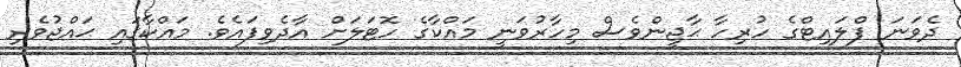
ދެވަނަ ފްލައިޓްގެ ހުރިހާ ޙާޖީންވެސް މިހާރުވަނީ މައްކާގެ ހޮޓަލަށް އާދެވިފައެވެ. މައްކާގައި ޙައްޖުވެރި